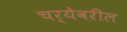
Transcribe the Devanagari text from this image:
चर्येवरील